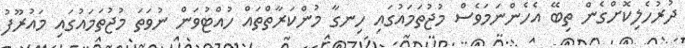
ދުރުހެލިކޮށްގެން ތިބޭ އެހެންނަމަވެސް މުޖުތަމައުގައި ހިނގާ މުންކަރާތްތައް ހުއްޓުވަން ނުވަތަ މުޖުތަމައުގައި މައުރޫފު